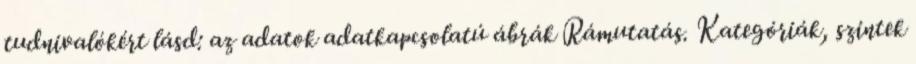
tudnivalókért lásd: az adatok adatkapcsolatú ábrák Rámutatás. Kategóriák, szintek